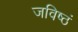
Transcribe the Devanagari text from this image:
जविष्ठं